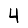
Digit: 4